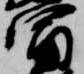
冨